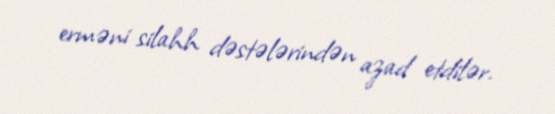
erməni silahh dəstələrindən azad etdilər.